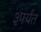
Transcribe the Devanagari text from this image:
३पर्यंत